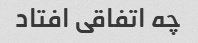
چه اتفاقی افتاد